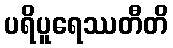
ပရိပူရေဿတီတိ